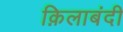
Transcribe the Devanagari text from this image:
क़िलाबंदी